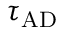
\tau _ { \mathrm { A D } }